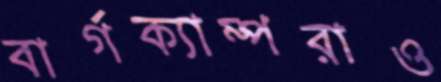
বার্গক্যাম্পরাও